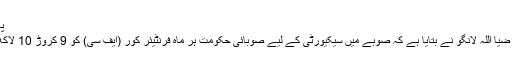
پاکستانی حکام نے …
وزیر داخلہ بلوچستان ضیا اللہ لانگو نے بتایا ہے کہ صوبے میں سیکیورٹی کے لیے صوبائی حکومت ہر ماہ فرنٹیئر کور (ایف سی) کو 9 کروڑ 10 لاکھ روپے ادا کرتی ہے۔